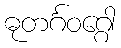
ဓုတင်္ဂဝဂ္ဂေါ